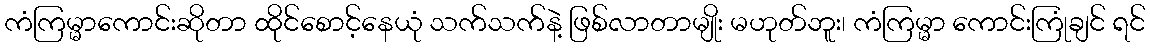
ကံကြမ္မာကောင်းဆိုတာ ထိုင်စောင့်နေယုံ သက်သက်နဲ့ ဖြစ်လာတာမျိုး မဟုတ်ဘူး၊ ကံကြမ္မာ ကောင်းကြုံချင် ရင်